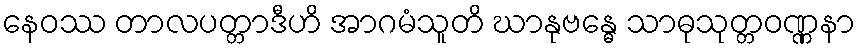
နေဝဿ တာလပတ္တာဒီဟိ အာဂမံသူတိ ဃာနုဗန္ဓေ သာဓုသုတ္တဝဏ္ဏနာ